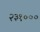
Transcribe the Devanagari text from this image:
२३१०००